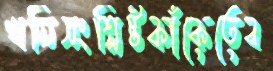
খনিসংশ্লিষ্টকাঁকেতেব